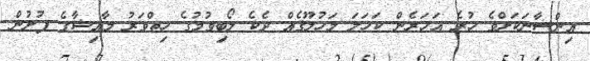
އިންސާނަކަށްވެ ހުރެ އަހަރެން ކަހަލަ މަހުލޫޤެއް ދެކެ ލޯބިވުމުގެ ހިތްވަރު މާއިޝާގެ ފުށުން